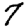
Digit: 7